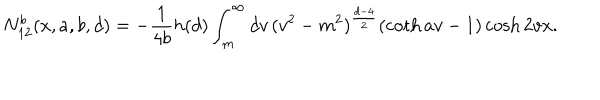
LaTeX: N _ { 1 2 } ^ { b } ( x , a , b , d ) = - \frac { 1 } { 4 b } h ( d ) \int _ { m } ^ { \infty } d v \, ( v ^ { 2 } - m ^ { 2 } ) ^ { \frac { d - 4 } { 2 } } ( \coth a v - 1 ) \cosh 2 v x .